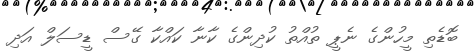
ބޮޑެތި މީހުންގެ ނެޕީ ތުއްތު ކުދިންގެ ކާނާ ކައްކާ ގޭސް ޑީސަލް އަދި